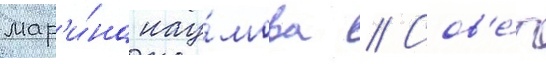
мар'и́на нау́мова // Сов'е́т